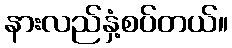
နားလည်နှံ့စပ်တယ်။